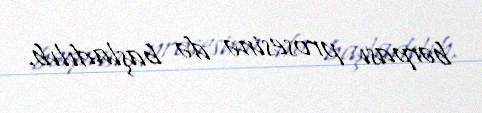
bərpası prosesinə də başladılıb.